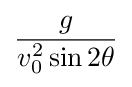
{\frac {g}{v_{0}^{2}\sin 2\theta }}